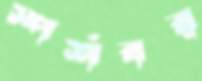
স্পর্শবর